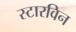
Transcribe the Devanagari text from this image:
स्टारविन